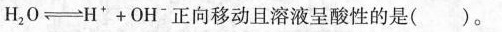
H_{2}0→H^++OH^-正向移动且溶液呈酸性的是()。